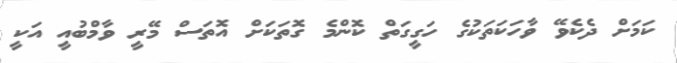
ކަމަށް ދެކެވޭ ވާހަކަތަކުގެ ހަގީގަތް ކޮންމެ ގޮތަކަށް އޮތަސް މޭރީ ވާމްބުއީ އަކީ